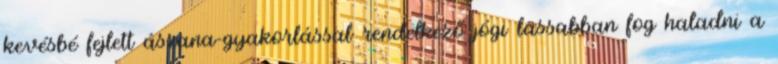
kevésbé fejlett ászana-gyakorlással rendelkező jógi lassabban fog haladni a